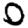
Digit: 0